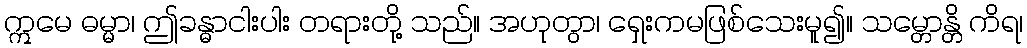
ဣမေ ဓမ္မာ၊ ဤခန္ဓာငါးပါး တရားတို့ သည်။ အဟုတွာ၊ ရှေးကမဖြစ်သေးမူ၍။ သမ္တောန္တိ ကိရ၊